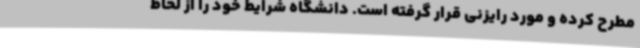
مطرح کرده و مورد رایزنی قرار گرفته است. دانشگاه شرایط خود را از لحاظ